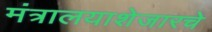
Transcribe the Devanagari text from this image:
मंत्रालयाशेजारचे